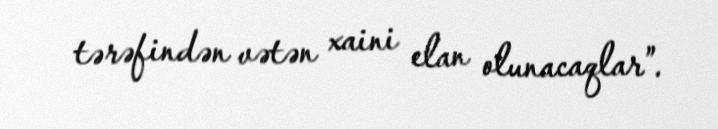
tərəfindən vətən xaini elan olunacaqlar”.